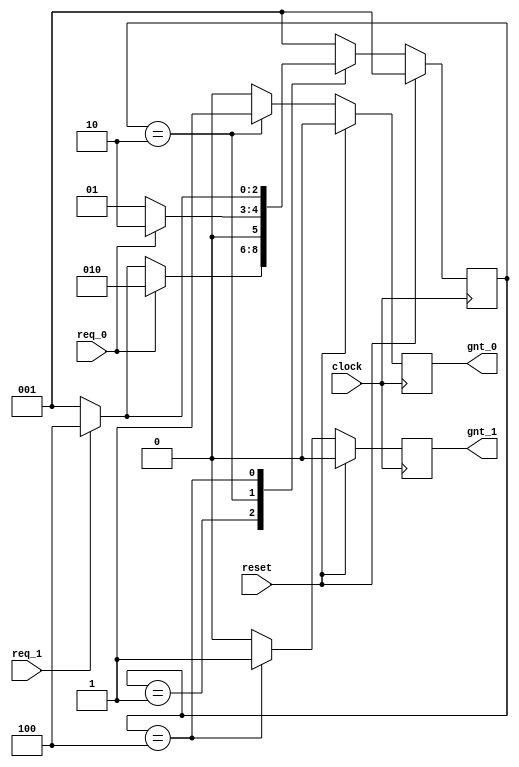
module fsm_using_function (
clock      , 
reset      , 
req_0      , 
req_1      , 
gnt_0      , 
gnt_1      
);
input   clock,reset,req_0,req_1;
output  gnt_0,gnt_1;
wire    clock,reset,req_0,req_1;
reg     gnt_0,gnt_1;
parameter SIZE = 3           ;
parameter IDLE  = 3'b001,GNT0 = 3'b010,GNT1 = 3'b100 ;
reg   [SIZE-1:0]          state        ;
wire  [SIZE-1:0]          next_state   ;
assign next_state = fsm_function(state, req_0, req_1);
function [SIZE-1:0] fsm_function;
  input  [SIZE-1:0]  state ;	
  input    req_0 ;
  input    req_1 ;
  case(state)
   IDLE : if (req_0 == 1'b1) begin
                fsm_function = GNT0;
              end else if (req_1 == 1'b1) begin
                fsm_function= GNT1;
              end else begin
                fsm_function = IDLE;
              end
   GNT0 : if (req_0 == 1'b1) begin
                fsm_function = GNT0;
              end else begin
                fsm_function = IDLE;
              end
   GNT1 : if (req_1 == 1'b1) begin
                fsm_function = GNT1;
          end else begin
                fsm_function = IDLE;
              end
   default : fsm_function = IDLE;
  endcase
endfunction
always @ (posedge clock)
begin : FSM_SEQ
  if (reset == 1'b1) begin
    state <= #1 IDLE;
  end else begin
    state <= #1 next_state;
  end
end
always @ (posedge clock)
begin : OUTPUT_LOGIC
if (reset == 1'b1) begin
  gnt_0 <= #1 1'b0;
  gnt_1 <= #1 1'b0;
end
else begin
  case(state)
    IDLE : begin
                  gnt_0 <= #1 1'b0;
                  gnt_1 <= #1 1'b0;
               end
   GNT0 : begin
                   gnt_0 <= #1 1'b1;
                   gnt_1 <= #1 1'b0;
                end
   GNT1 : begin
                   gnt_0 <= #1 1'b0;
                   gnt_1 <= #1 1'b1;
                end
   default : begin
                    gnt_0 <= #1 1'b0;
                    gnt_1 <= #1 1'b0;
                  end
  endcase
end
end 
endmodule